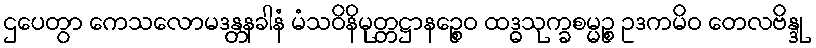
ဌပေတွာ ကေသလောမဒန္တနခါနံ မံသဝိနိမုတ္တဋ္ဌာနဉ္စေဝ ထဒ္ဓသုက္ခစမ္မဉ္စ ဥဒကမိဝ တေလဗိန္ဒု